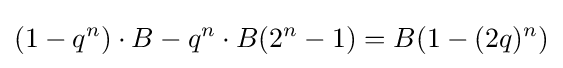
(1-q^{n})\cdot B-q^{n}\cdot B(2^{n}-1)=B(1-(2q)^{n})